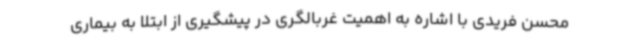
محسن فریدی با اشاره به اهمیت غربالگری در پیشگیری از ابتلا به بیماری